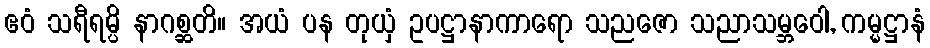
ဧဝံ သရီရမ္ပိ နာဂစ္ဆတိ။ အယံ ပန တုယှံ ဥပဋ္ဌာနာကာရော သညဇော သညာသမ္ဘဝေါ, ကမ္မဋ္ဌာနံ